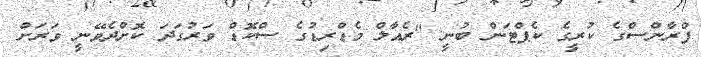
ފްރާންސްގެ ކުރީގެ ކެޕްޓަން ބުނީ "ރެއާލް މެޑްރިޑުގެ ސްކޮޑް ވަރުގަދަ ކޮށްދެވޭނީ ވަރަށް